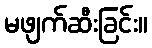
မဖျက်ဆီးခြင်း။